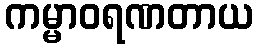
ကမ္မာဝရဏတာယ